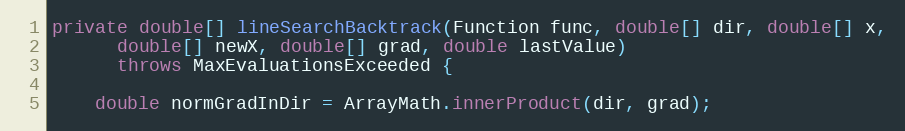
Language: Java
private double[] lineSearchBacktrack(Function func, double[] dir, double[] x,
      double[] newX, double[] grad, double lastValue)
      throws MaxEvaluationsExceeded {

    double normGradInDir = ArrayMath.innerProduct(dir, grad);